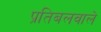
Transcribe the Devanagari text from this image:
प्रतिबलवाले